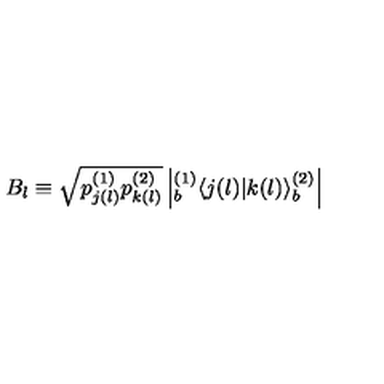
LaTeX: B _ { l } \equiv \sqrt { p _ { j ( l ) } ^ { ( 1 ) } p _ { k ( l ) } ^ { ( 2 ) } } \left| { } _ { b } ^ { ( 1 ) } \! \left\langle { j ( l ) } | { k ( l ) } \right\rangle _ { b } ^ { ( 2 ) } \right|